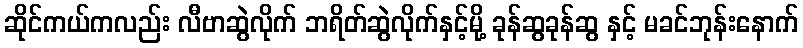
ဆိုင်ကယ်ကလည်း လီဗာဆွဲလိုက် ဘရိတ်ဆွဲလိုက်နှင့်မို့ ခုန်ဆွခုန်ဆွ နှင့် မခင်ဘုန်းနောက်